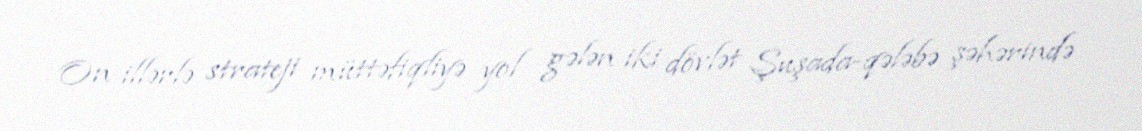
On illərlə strateji müttəfiqliyə yol gələn iki dövlət Şuşada-qələbə şəhərində